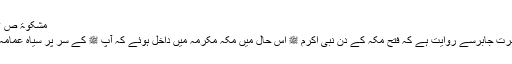
مشکوۃ ص ۳۷۴
حضرت جابرسے روایت ہے کہ فتح مکہ کے دن نبی اکرم ﷺ اس حال میں مکہ مکرمہ میں داخل ہوئے کہ آپ ﷺ کے سر پر سیاہ عمامہ تھا۔